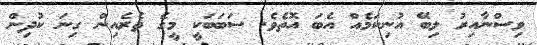
ވިސްނާއިރު ލިބޭ އުނިކަމެއް އެބަ އޮތެވެ. ސަބަބަކީ މީގެ ތެރެއިން ގިނަ ކުދިން